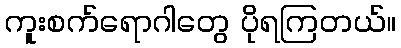
ကူးစက်ရောဂါတွေ ပိုရကြတယ်။